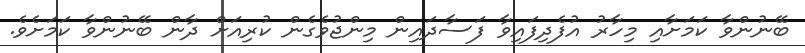
ބޭނުންވާ ކަމަށާއި މިހާރު އުފެދިފައިވާ ފަސާދައިން މިންޖުވެގެން ކުރިއަށް ދާން ބޭނުންވާ ކަމަށެވެ.